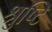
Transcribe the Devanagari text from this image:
श्रुष्टि